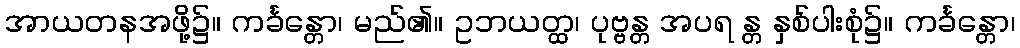
အာယတနအဖို့၌။ ကင်္ခန္တော၊ မည်၏။ ဥဘယတ္ထ၊ ပုဗ္ဗန္တ အပရ န္တ နှစ်ပါးစုံ၌။ ကင်္ခန္တော၊